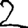
Digit: 2